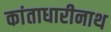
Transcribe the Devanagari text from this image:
कांताधारीनाथ